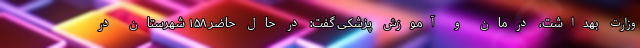
وزارت بهداشت، درمان و آموزش پزشکی گفت: در حال حاضر ۱۵۸ شهرستان در